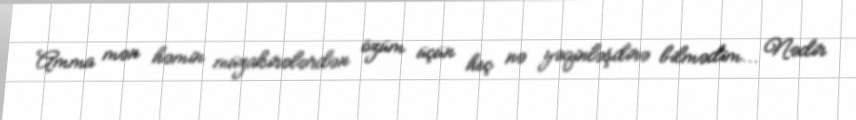
Amma mən həmin müzakirələrdən özüm üçün heç nə yəqinləşdirə bilmədim... Nədir